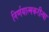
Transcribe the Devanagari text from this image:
निर्णयात्मकरीत्या